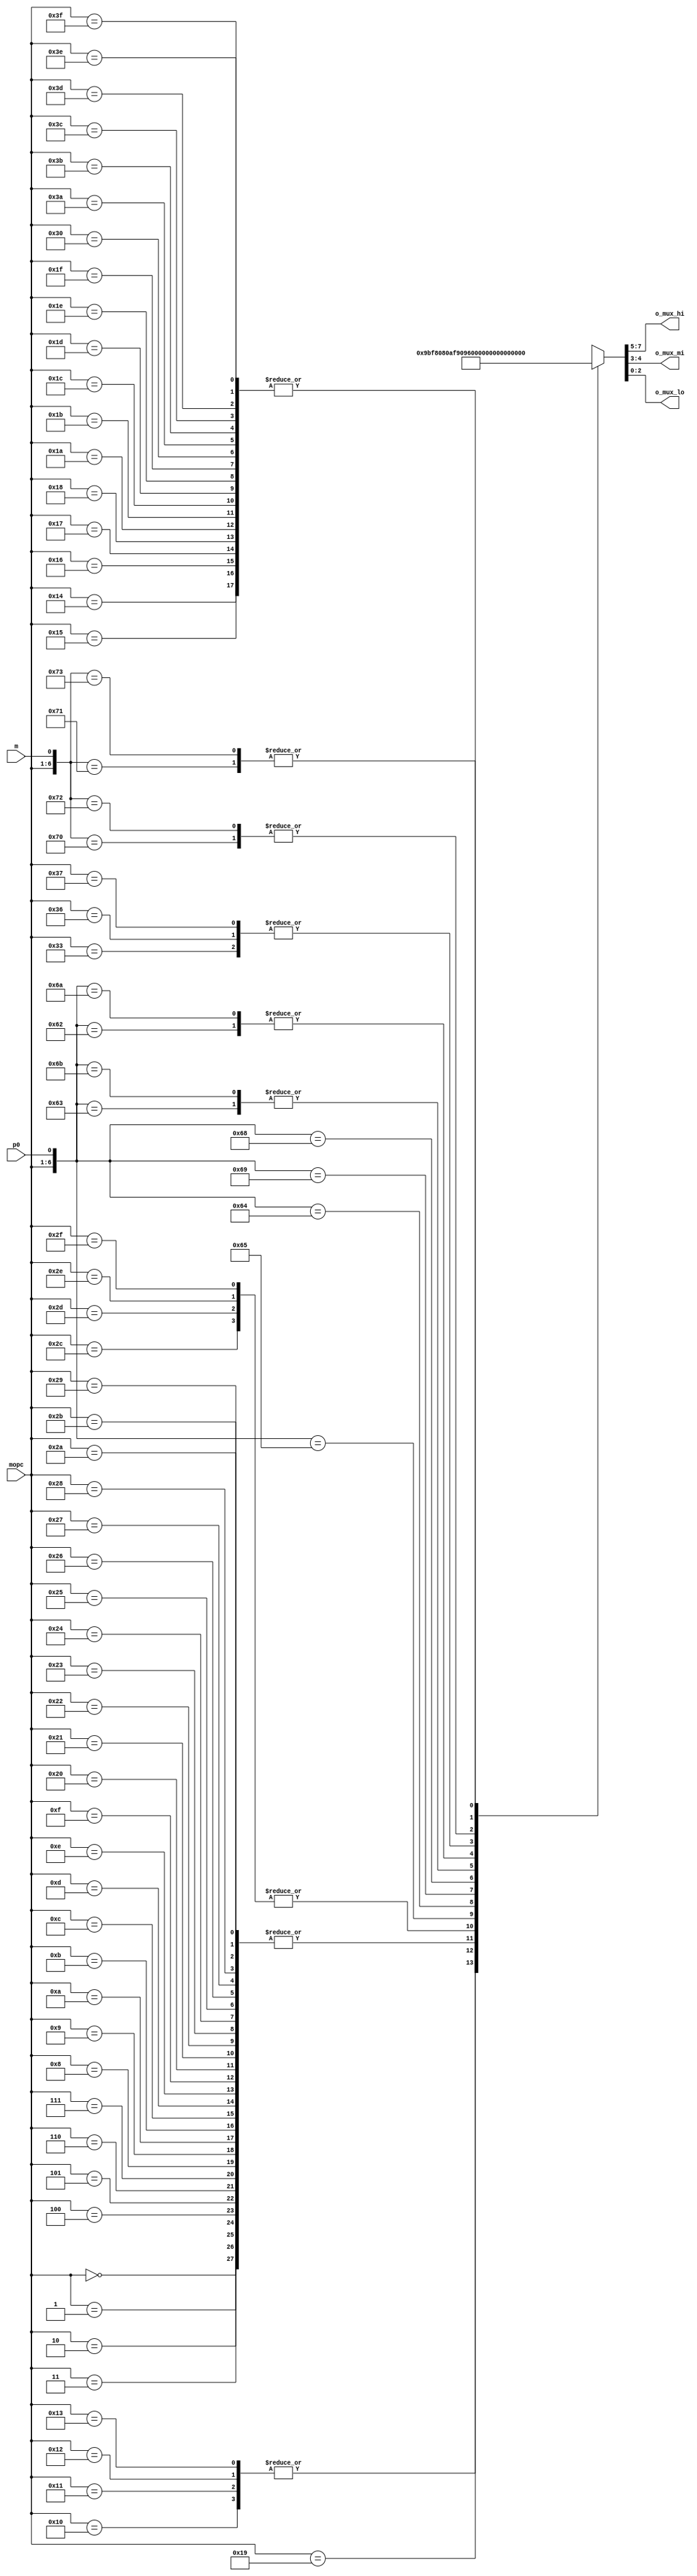
//==============================================================================================
//    Main contributors
//      - Adam Luczak         <mailto:adam.luczak@outlook.com>
//==============================================================================================
`default_nettype none
//-----------------------------------------------------------------------------
`timescale 1ns / 1ns                            
//==============================================================================================
// hierarchy:
// processor core (TOP)
// + instruction fetch 
//   + instruction cache way 
//     + page desritption table
//==============================================================================================
module eco32_core_ifu_way_cft
(
input   wire     [5:0]  mopc, 
input   wire            m, 
input   wire            p0, 

output  wire     [2:0]  o_mux_hi,
output  wire     [1:0]  o_mux_mi,
output  wire     [2:0]  o_mux_lo
);                             
//==============================================================================================
// parameters
//==============================================================================================
localparam       [2:0]  LX_LO_13    = 3'b000;
localparam       [2:0]  LX_ADR_11   = 3'b001;
localparam       [2:0]  LX_ADR_10   = 3'b010;
localparam       [2:0]  LX_ZERO     = 3'b011;

localparam       [1:0]  MX_MI_6     = 2'b00;
localparam       [1:0]  MX_LO_SGN   = 2'b01;
localparam       [1:0]  MX_ZERO     = 2'b11;

localparam       [2:0]  HX_LO_SGN   = 3'b000;
localparam       [2:0]  HX_MI_SGN   = 3'b001;
localparam       [2:0]  HX_SIG_6    = 3'b010;
localparam       [2:0]  HX_UNS_6    = 3'b011;
localparam       [2:0]  HX_LO_13    = 3'b100;
localparam       [2:0]  HX_ZERO     = 3'b111;
//==============================================================================================
// variables
//==============================================================================================   
reg     [2:0] L;
reg     [1:0] M;
reg     [2:0] H;
//==============================================================================================
// table
//==============================================================================================
always@(*)
    casex({mopc,m,p0})
    {6'h00,1'bx,1'bx}:      {H,M,L}     <=                  {HX_LO_SGN, MX_LO_SGN,  LX_LO_13  };
    {6'h01,1'bx,1'bx}:      {H,M,L}     <=                  {HX_LO_SGN, MX_LO_SGN,  LX_LO_13  };
    {6'h02,1'bx,1'bx}:      {H,M,L}     <=                  {HX_LO_SGN, MX_LO_SGN,  LX_LO_13  };
    {6'h03,1'bx,1'bx}:      {H,M,L}     <=                  {HX_LO_SGN, MX_LO_SGN,  LX_LO_13  };
                                                                                    
    {6'h04,1'bx,1'bx}:      {H,M,L}     <=                  {HX_LO_SGN, MX_LO_SGN,  LX_LO_13  };
    {6'h05,1'bx,1'bx}:      {H,M,L}     <=                  {HX_LO_SGN, MX_LO_SGN,  LX_LO_13  };
    {6'h06,1'bx,1'bx}:      {H,M,L}     <=                  {HX_LO_SGN, MX_LO_SGN,  LX_LO_13  };
    {6'h07,1'bx,1'bx}:      {H,M,L}     <=                  {HX_LO_SGN, MX_LO_SGN,  LX_LO_13  };

    {6'h08,1'bx,1'bx}:      {H,M,L}     <=                  {HX_LO_SGN, MX_LO_SGN,  LX_LO_13  };
    {6'h09,1'bx,1'bx}:      {H,M,L}     <=                  {HX_LO_SGN, MX_LO_SGN,  LX_LO_13  };
    {6'h0A,1'bx,1'bx}:      {H,M,L}     <=                  {HX_LO_SGN, MX_LO_SGN,  LX_LO_13  };
    {6'h0B,1'bx,1'bx}:      {H,M,L}     <=                  {HX_LO_SGN, MX_LO_SGN,  LX_LO_13  };
                                                                                                
    {6'h0C,1'bx,1'bx}:      {H,M,L}     <=                  {HX_LO_SGN, MX_LO_SGN,  LX_LO_13  };
    {6'h0D,1'bx,1'bx}:      {H,M,L}     <=                  {HX_LO_SGN, MX_LO_SGN,  LX_LO_13  };
    {6'h0E,1'bx,1'bx}:      {H,M,L}     <=                  {HX_LO_SGN, MX_LO_SGN,  LX_LO_13  };
    {6'h0F,1'bx,1'bx}:      {H,M,L}     <=                  {HX_LO_SGN, MX_LO_SGN,  LX_LO_13  };

    {6'h10,1'bx,1'bx}:      {H,M,L}     <=                  {HX_LO_13,  MX_ZERO,    LX_ZERO   };
    {6'h11,1'bx,1'bx}:      {H,M,L}     <=                  {HX_LO_13,  MX_ZERO,    LX_ZERO   };
    {6'h12,1'bx,1'bx}:      {H,M,L}     <=                  {HX_LO_13,  MX_ZERO,    LX_ZERO   };
    {6'h13,1'bx,1'bx}:      {H,M,L}     <=                  {HX_LO_13,  MX_ZERO,    LX_ZERO   };
    
    {6'h14,1'bx,1'bx}:      {H,M,L}     <=                  {HX_ZERO,   MX_ZERO,    LX_ZERO   };
    {6'h15,1'bx,1'bx}:      {H,M,L}     <=                  {HX_ZERO,   MX_ZERO,    LX_ZERO   };               
    {6'h16,1'bx,1'bx}:      {H,M,L}     <=                  {HX_ZERO,   MX_ZERO,    LX_ZERO   };
    {6'h17,1'bx,1'bx}:      {H,M,L}     <=                  {HX_ZERO,   MX_ZERO,    LX_ZERO   };              
    
    {6'h18,1'bx,1'bx}:      {H,M,L}     <=                  {HX_ZERO,   MX_ZERO,    LX_ZERO   }; // lea
    {6'h19,1'bx,1'bx}:      {H,M,L}     <=                  {HX_ZERO,   MX_ZERO,    LX_LO_13  }; // leai
    {6'h1A,1'bx,1'bx}:      {H,M,L}     <=                  {HX_ZERO,   MX_ZERO,    LX_ZERO   }; // S0
    {6'h1B,1'bx,1'bx}:      {H,M,L}     <=                  {HX_ZERO,   MX_ZERO,    LX_ZERO   }; // S1
    
    {6'h1C,1'bx,1'bx}:      {H,M,L}     <=                  {HX_ZERO,   MX_ZERO,    LX_ZERO   }; // I0
    {6'h1D,1'bx,1'bx}:      {H,M,L}     <=                  {HX_ZERO,   MX_ZERO,    LX_ZERO   }; // I1
    {6'h1E,1'bx,1'bx}:      {H,M,L}     <=                  {HX_ZERO,   MX_ZERO,    LX_ZERO   }; // F0
    {6'h1F,1'bx,1'bx}:      {H,M,L}     <=                  {HX_ZERO,   MX_ZERO,    LX_ZERO   }; // F1
    //                    
    {6'h20,1'bx,1'bx}:      {H,M,L}     <=                  {HX_LO_SGN, MX_LO_SGN,  LX_LO_13  }; //ld
    {6'h21,1'bx,1'bx}:      {H,M,L}     <=                  {HX_LO_SGN, MX_LO_SGN,  LX_LO_13  };
    {6'h22,1'bx,1'bx}:      {H,M,L}     <=                  {HX_LO_SGN, MX_LO_SGN,  LX_LO_13  };
    {6'h23,1'bx,1'bx}:      {H,M,L}     <=                  {HX_LO_SGN, MX_LO_SGN,  LX_LO_13  };
     
    {6'h24,1'bx,1'bx}:      {H,M,L}     <=                  {HX_LO_SGN, MX_LO_SGN,  LX_LO_13  }; //ld
    {6'h25,1'bx,1'bx}:      {H,M,L}     <=                  {HX_LO_SGN, MX_LO_SGN,  LX_LO_13  };
    {6'h26,1'bx,1'bx}:      {H,M,L}     <=                  {HX_LO_SGN, MX_LO_SGN,  LX_LO_13  };
    {6'h27,1'bx,1'bx}:      {H,M,L}     <=                  {HX_LO_SGN, MX_LO_SGN,  LX_LO_13  };

    {6'h28,1'bx,1'bx}:      {H,M,L}     <=                  {HX_LO_SGN, MX_LO_SGN,  LX_LO_13  }; //st
    {6'h29,1'bx,1'bx}:      {H,M,L}     <=                  {HX_LO_SGN, MX_LO_SGN,  LX_LO_13  };
    {6'h2A,1'bx,1'bx}:      {H,M,L}     <=                  {HX_LO_SGN, MX_LO_SGN,  LX_LO_13  };
    {6'h2B,1'bx,1'bx}:      {H,M,L}     <=                  {HX_LO_SGN, MX_LO_SGN,  LX_LO_13  };
     
    {6'h2C,1'bx,1'bx}:      {H,M,L}     <=                  {HX_LO_SGN, MX_LO_SGN,  LX_ADR_10 }; // update
    {6'h2D,1'bx,1'bx}:      {H,M,L}     <=                  {HX_LO_SGN, MX_LO_SGN,  LX_ADR_10 }; // store
    {6'h2E,1'bx,1'bx}:      {H,M,L}     <=                  {HX_LO_SGN, MX_LO_SGN,  LX_ADR_10 }; // load
    {6'h2F,1'bx,1'bx}:      {H,M,L}     <=                  {HX_LO_SGN, MX_LO_SGN,  LX_ADR_10 }; // flush

    {6'h30,1'bx,1'bx}:      {H,M,L}     <=                  {HX_ZERO,   MX_ZERO,    LX_ZERO   };
    {6'h31,1'bx,1'b1}:      {H,M,L}     <=                  {HX_ZERO,   MX_MI_6,    LX_ADR_11 }; // abs
        {6'h31,1'bx,1'b0}:  {H,M,L}     <=                  {HX_MI_SGN, MX_MI_6,    LX_ADR_11 }; // rel
    {6'h32,1'bx,1'b1}:      {H,M,L}     <=                  {HX_ZERO,   MX_ZERO,    LX_ADR_11 }; // abs
        {6'h32,1'bx,1'b0}:  {H,M,L}     <=                  {HX_LO_SGN, MX_LO_SGN,  LX_ADR_11 }; // rel
    {6'h33,1'bx,1'bx}:      {H,M,L}     <=                  {HX_ZERO,   MX_ZERO,    LX_ADR_10 }; // abs
    
    {6'h34,1'bx,1'b1}:      {H,M,L}     <=                  {HX_UNS_6,  MX_MI_6,    LX_ADR_11 }; // abs
        {6'h34,1'bx,1'b0}:  {H,M,L}     <=                  {HX_SIG_6,  MX_MI_6,    LX_ADR_11 }; // rel
    {6'h35,1'bx,1'b1}:      {H,M,L}     <=                  {HX_ZERO,   MX_MI_6,    LX_ADR_11 }; // abs
        {6'h35,1'bx,1'b0}:  {H,M,L}     <=                  {HX_MI_SGN, MX_MI_6,    LX_ADR_11 }; // rel
    {6'h36,1'bx,1'bx}:      {H,M,L}     <=                  {HX_ZERO,   MX_ZERO,    LX_ADR_10 }; // abs
    {6'h37,1'bx,1'bx}:      {H,M,L}     <=                  {HX_ZERO,   MX_ZERO,    LX_ADR_10 };
     
    {6'h38,1'b0,1'bx}:      {H,M,L}     <=                  {HX_MI_SGN, MX_MI_6,    LX_LO_13  }; // ldi
        {6'h38,1'b1,1'bx}:  {H,M,L}     <=                  {HX_LO_13,  MX_MI_6,    LX_ZERO   }; // ldi
    {6'h39,1'b0,1'bx}:      {H,M,L}     <=                  {HX_MI_SGN, MX_MI_6,    LX_LO_13  }; // lra
        {6'h39,1'b1,1'bx}:  {H,M,L}     <=                  {HX_LO_13,  MX_MI_6,    LX_ZERO   }; // lra
    {6'h3A,1'bx,1'bx}:      {H,M,L}     <=                  {HX_ZERO,   MX_ZERO,    LX_ZERO   }; // Ex0
    {6'h3B,1'bx,1'bx}:      {H,M,L}     <=                  {HX_ZERO,   MX_ZERO,    LX_ZERO   }; // Ex1
                                                                                                    
    {6'h3C,1'bx,1'bx}:      {H,M,L}     <=                  {HX_ZERO,   MX_ZERO,    LX_ZERO   }; // M0
    {6'h3D,1'bx,1'bx}:      {H,M,L}     <=                  {HX_ZERO,   MX_ZERO,    LX_ZERO   }; // M1
    {6'h3E,1'bx,1'bx}:      {H,M,L}     <=                  {HX_ZERO,   MX_ZERO,    LX_ZERO   }; // M2
    {6'h3F,1'bx,1'bx}:      {H,M,L}     <=                  {HX_ZERO,   MX_ZERO,    LX_ZERO   }; // M3
    
    default:    {H,M,L}     <=                              {HX_ZERO,   MX_ZERO,    LX_ZERO   };
    endcase
        
//==============================================================================================
// output
//==============================================================================================
assign  o_mux_lo    =   L;
assign  o_mux_mi    =   M;
assign  o_mux_hi    =   H;
//==============================================================================================
endmodule